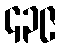
၄၃၉